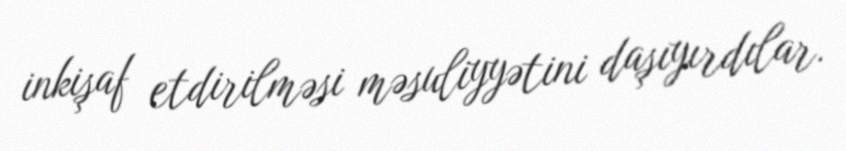
inkişaf etdirilməsi məsuliyyətini daşıyırdılar.